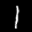
Label: 1